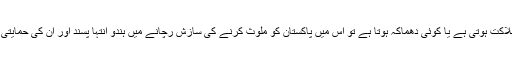
دنیا میں جہاں بھی کوئی ہلاکت ہوتی ہے یا کوئی دھماکہ ہوتا ہے تو اس میں پاکستان کو ملوث کرنے کی سازش رچانے میں ہندو انتہا پسند اور ان کی حمایتی لابی سرگرم ہو جاتی ہے۔